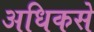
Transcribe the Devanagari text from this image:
अधिकसे